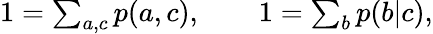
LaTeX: \begin{array}{r}{1=\sum_{a,c}p(a,c),\qquad 1=\sum_{b}p(b|c),}\end{array}